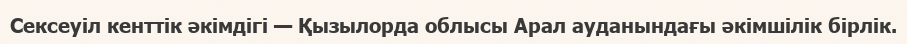
Сексеуіл кенттік әкімдігі — Қызылорда облысы Арал ауданындағы әкімшілік бірлік.